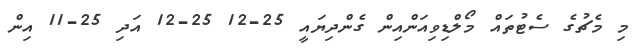
މި މެޗުގެ ސެޓުތައް މޯލްޑިވިއަންއިން ގެންދިޔައީ 25-12 25-12 އަދި 25-11 އިން